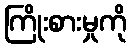
ကြိုးစားမှုကို